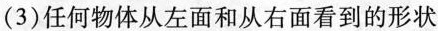
( 3 )任何物体从左面和从右面看到的形状